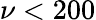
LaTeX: \nu<200